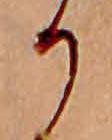
か